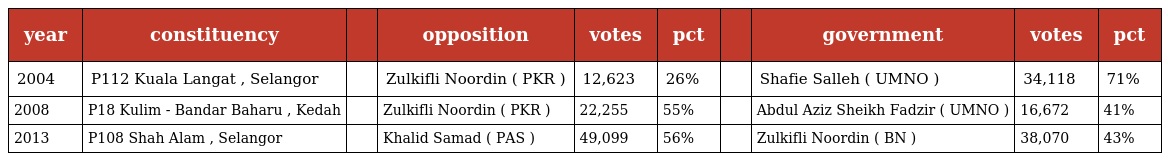
| year | constituency |  | opposition | votes | pct |  | government | votes | pct |
 | --- | --- | --- | --- | --- | --- | --- | --- | --- | --- |
 | 2004 | P112 Kuala Langat , Selangor |  | Zulkifli Noordin ( PKR ) | 12,623 | 26% |  | Shafie Salleh ( UMNO ) | 34,118 | 71% |
 | 2008 | P18 Kulim - Bandar Baharu , Kedah |  | Zulkifli Noordin ( PKR ) | 22,255 | 55% |  | Abdul Aziz Sheikh Fadzir ( UMNO ) | 16,672 | 41% |
 | 2013 | P108 Shah Alam , Selangor |  | Khalid Samad ( PAS ) | 49,099 | 56% |  | Zulkifli Noordin ( BN ) | 38,070 | 43% |